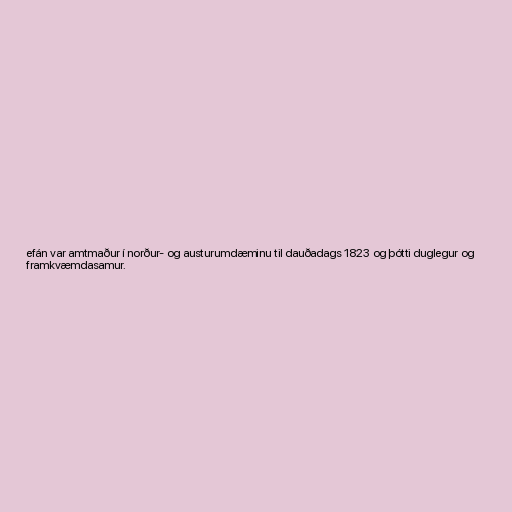
efán var amtmaður í norður- og austurumdæminu til dauðadags 1823 og þótti duglegur og
framkvæmdasamur.